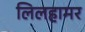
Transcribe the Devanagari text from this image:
लिलहामर